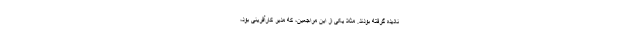
نادیده گرفته بودند. مثلاً یکی از این مراجعین، که مدیر کارآفرینی بود،